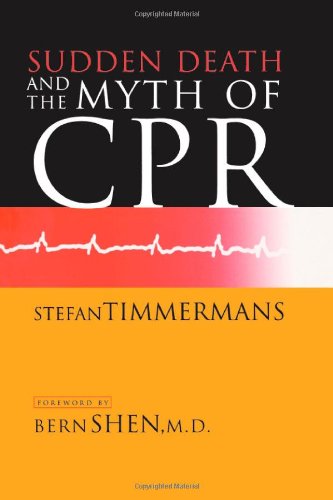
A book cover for Sudden Death and the Myth of CPR; Stefan Timmermans; Health, Fitness & Dieting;